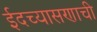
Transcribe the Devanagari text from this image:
ईदच्यासणाची